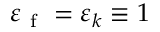
\varepsilon _ { \mathrm { ~ f ~ } } = \varepsilon _ { k } \equiv 1